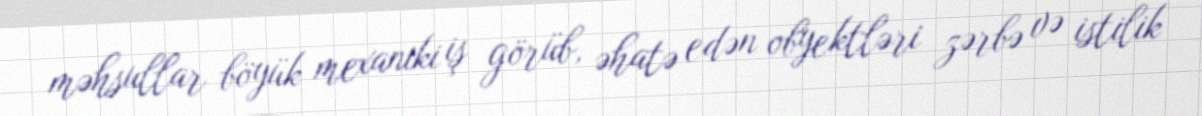
məhsullar böyük mexaniki iş görüb, əhatə edən obyektləri zərbə və istilik